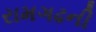
રામગઢની